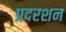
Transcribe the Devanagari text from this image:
प्रदरशन